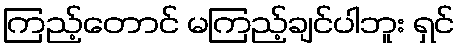
ကြည့်တောင် မကြည့်ချင်ပါဘူး ရှင်